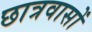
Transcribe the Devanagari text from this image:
छात्रवासों